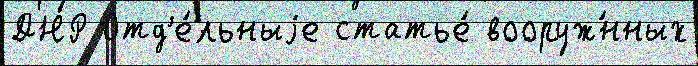
ДНР Отд'е́льныjе статье́ вооруж́нных